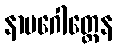
နာမဂေါတ္တေန